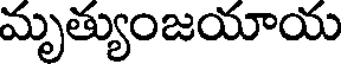
మృత్యుంజయాయ